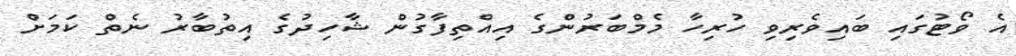
އެ ވޯޓުގައި ބައިވެރިވި ހުރިހާ މެމްބަރުންގެ އިއްތިފާގުން ޝާހިދުގެ އިތުބާރު ނެތް ކަމަށް